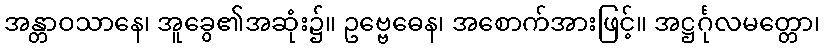
အန္တာဝသာနေ၊ အူခွေ၏အဆုံး၌။ ဥဗ္ဗေဓေန၊ အစောက်အားဖြင့်။ အဋ္ဌင်္ဂုလမတ္တော၊